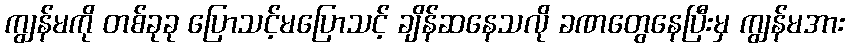
ကျွန်မကို တစ်ခုခု ပြောသင့်မပြောသင့် ချိန်ဆနေသလို ခဏတွေနေပြီးမှ ကျွန်မအား